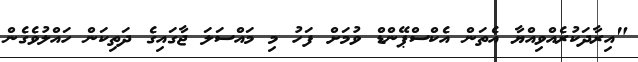
"އިރާދަކުރެއްވިއްޔާ އެތަން އެކްސްޕޭންޑް ވުމަށް ފަހު މި މައްސަލަ ޖާގައިގެ ދަތިކަން ހައްލުވެގެން